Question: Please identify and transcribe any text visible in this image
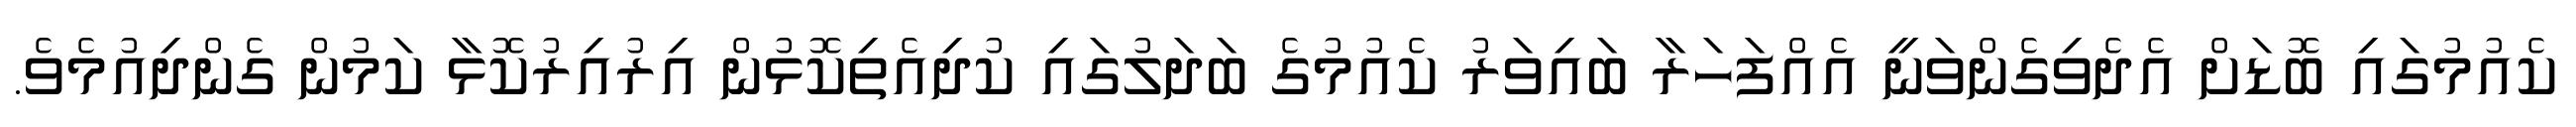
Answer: ކެއުމުގައި ބޮޑަށް އެދެވިގެންވަނީ އެއްފަހަރާ ބައިވަރު ކެއުމުގެ ބަދަލުގައި ކުދިއެތިކޮޅުން އިރުއިރުކޮޅާ ކަމުން ގެންދިއުމެވެ.